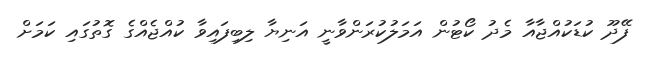
ފޭދޫ ކުޑަކުއްޖާއާ މެދު ކޯޓުން އަމަލުކުރަންވާނީ އަނިޔާ ލިބިފައިވާ ކުއްޖެއްގެ ގޮތުގައި ކަމަށް